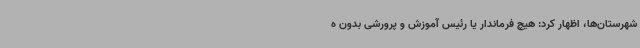
شهرستان‌ها، اظهار کرد: هیچ فرماندار یا رئیس آموزش و پرورشی بدون ه